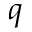
q